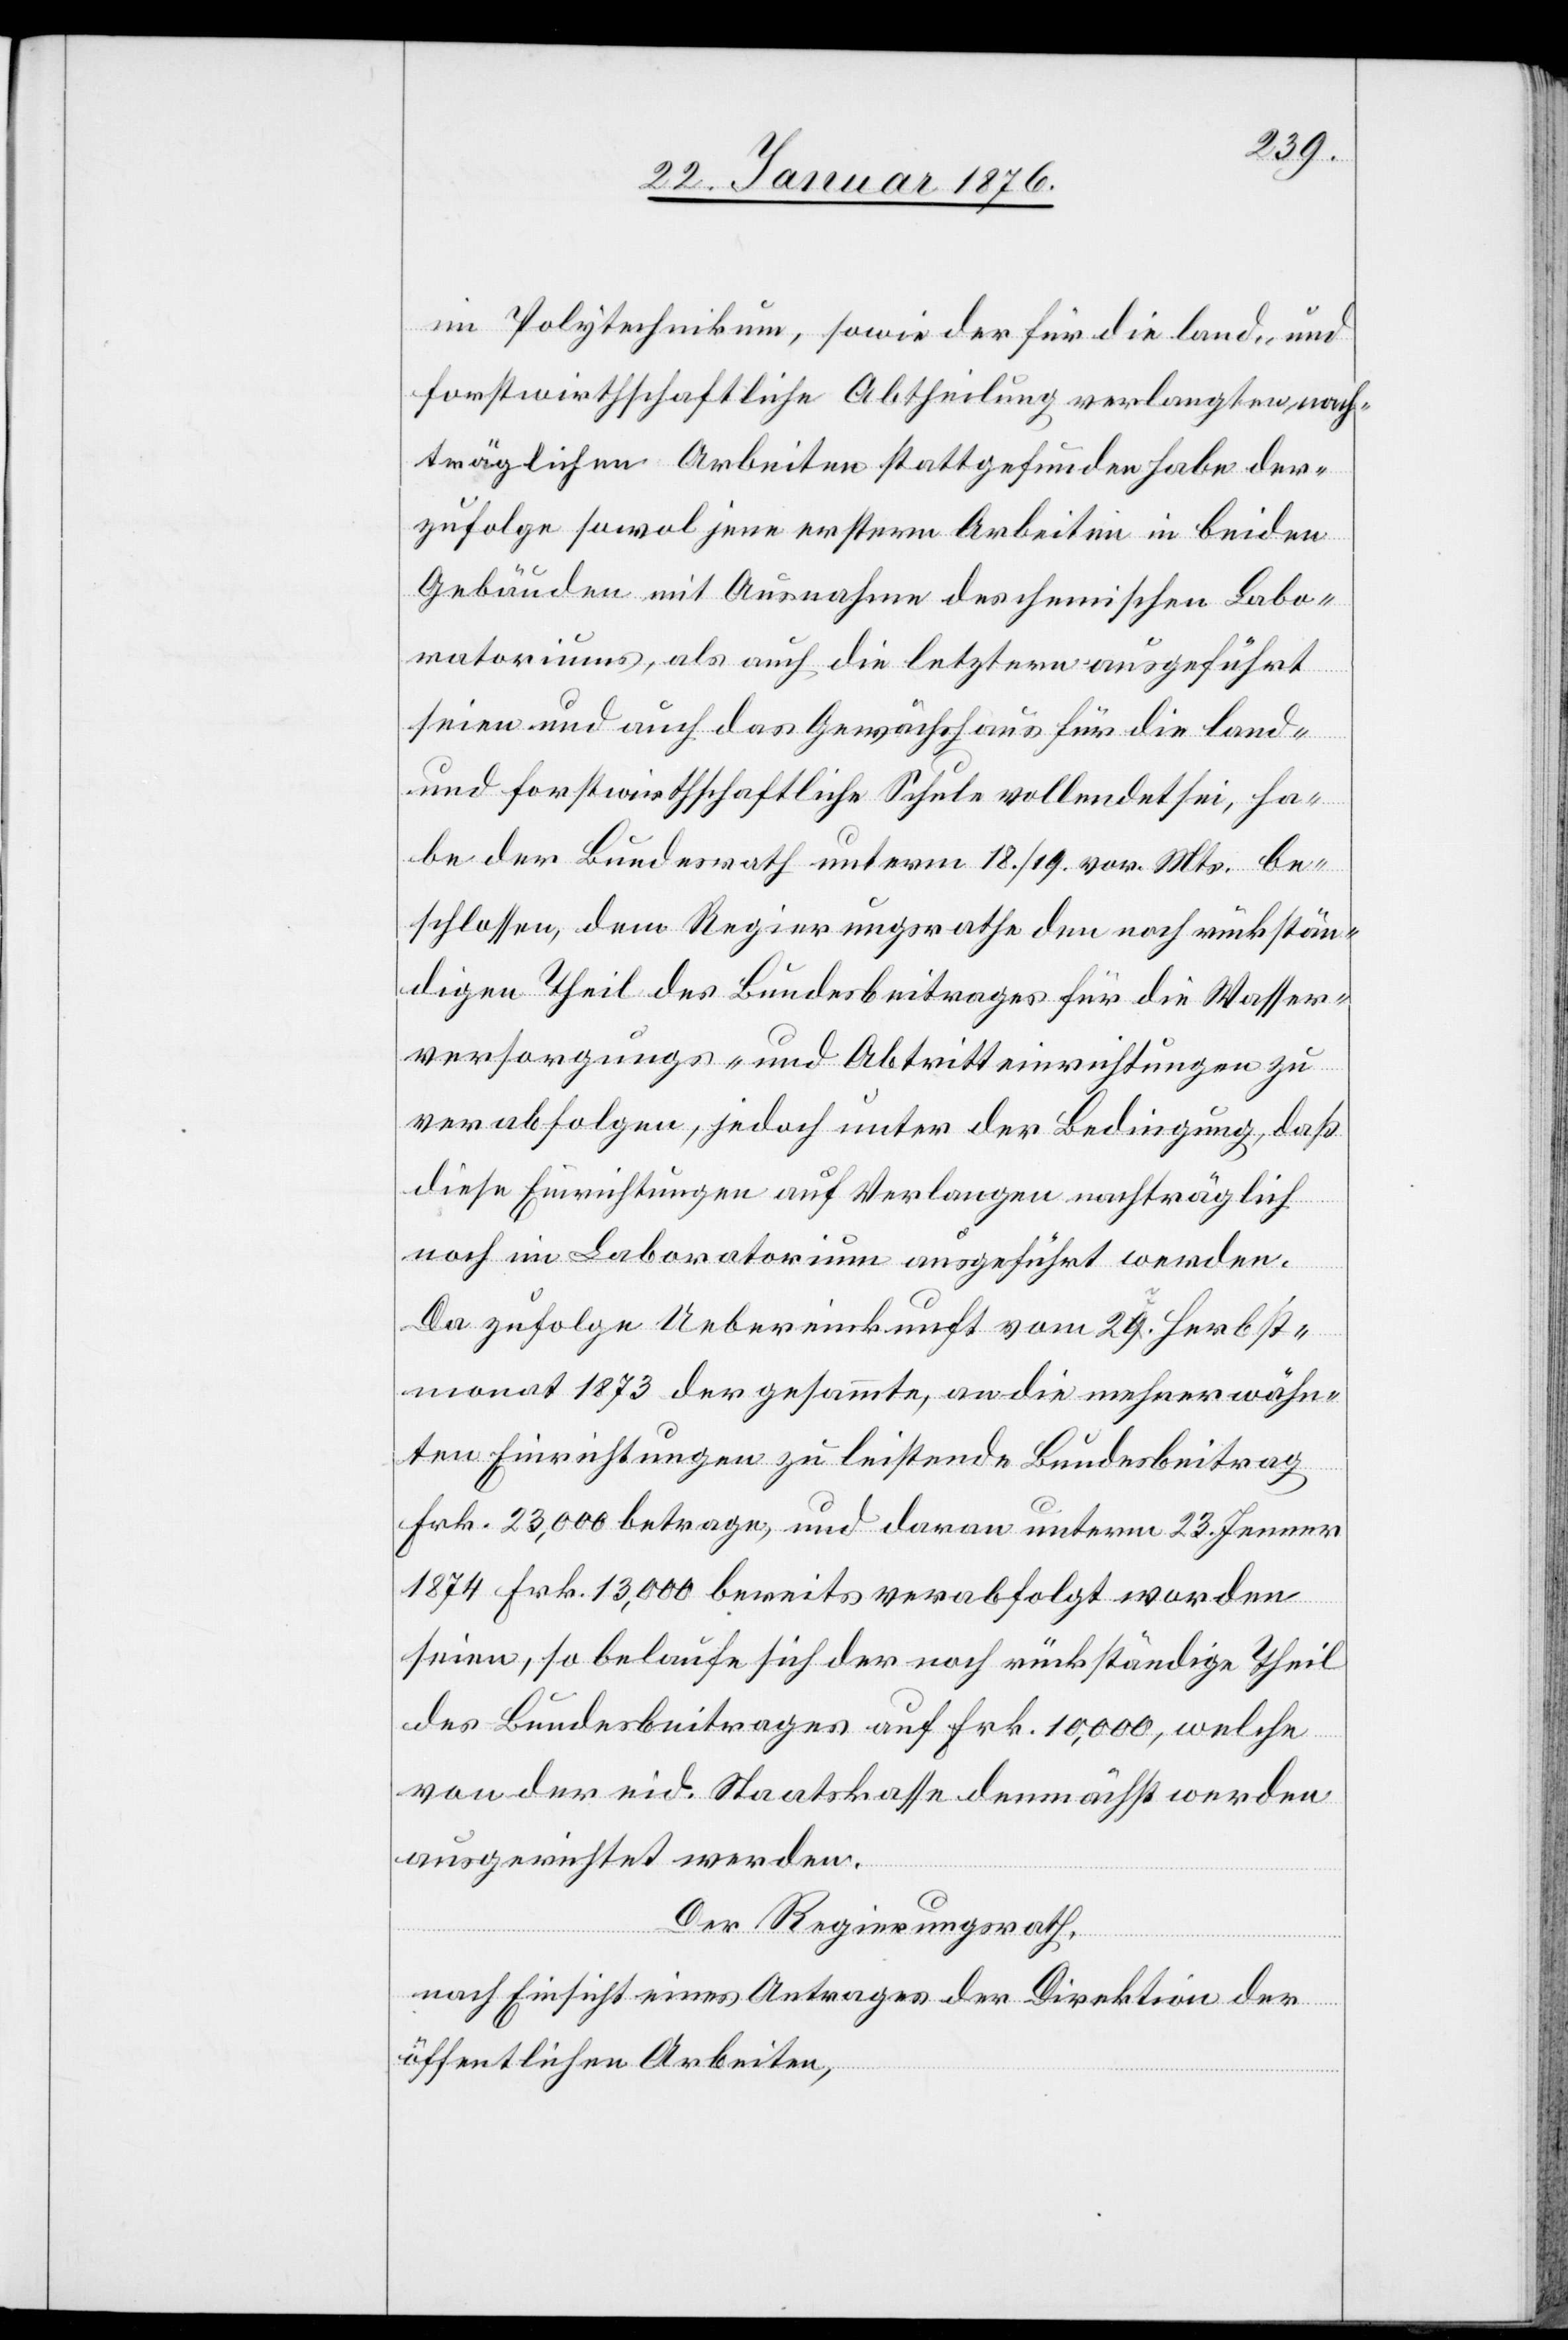
im Polytechnikum, sowie der für die land- und
forstwirthschaftliche Abtheilung verlangten, nach¬
träglichen Arbeiten stattgefunden habe der¬
zufolge sowol jene erstere Arbeiten in beiden
Gebäuden mit Ausnahme des chemischen Labo¬
ratoriums, als auch die letztere ausgeführt
seien und auch das Gewächshaus für die land-
und forstwirthschaftliche Schule vollendet sei, ha¬
be der Bundesrath unterm 18./19. vor. Mts. be¬
schlossen, dem Regierungsrathe den noch rückstän¬
digen Theil des Bundesbeitrages für die Wasser¬
versorgung- und Abtritteinrichtungen zu
verabfolgen, jedoch unter der Bedingung, daß
diese Einrichtungen auf Verlangen nachträglich
noch im Laboratorium ausgeführt werden.
Da zufolge Uebereinkunft vom 27. Herbst¬
monat 1873 der gesammte, an die mehrerwähn¬
ten Einrichtungen zu leistende Bundesbeitrag
Frk. 23,000 betrage, und daran unterm 23. Jenner
1874 Frk. 13,000 bereits verabfolgt worden
seien, so belaufe sich der noch rückständig Theil
des Bundesbeitrages auf Frk. 10,000, welche
von der eid. Staatskasse demnächst werden
ausgerichtet werden.
Der Regierungsrath,
nach Einsicht eines Antrages der Direktion der
öffentlichen Arbeiten,